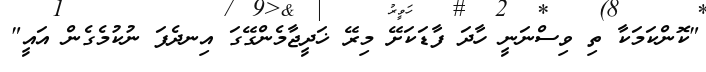
"ކޮންކަމަކާ ތި ވިސްނަނީ ހާދަ ފާޑަކަށޭ މިރޭ ޚަދީޖާމެންގޭގަ އިނދެފަ ނުކުމެގެން އައީ"